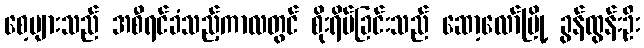
စေ့များသည် အစီရင်ခံသည့်ကာလတွင် စိုးရိမ်ခြင်းသည် ဆော့လော်မြို့ ခွန်ထွန်းဦး